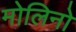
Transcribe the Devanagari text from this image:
मोलिनो